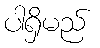
ပါရှိမည်